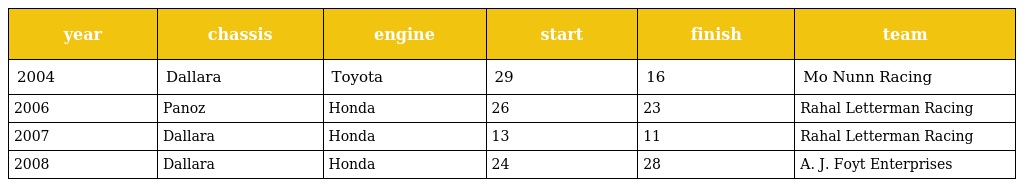
| year | chassis | engine | start | finish | team |
 | --- | --- | --- | --- | --- | --- |
 | 2004 | Dallara | Toyota | 29 | 16 | Mo Nunn Racing |
 | 2006 | Panoz | Honda | 26 | 23 | Rahal Letterman Racing |
 | 2007 | Dallara | Honda | 13 | 11 | Rahal Letterman Racing |
 | 2008 | Dallara | Honda | 24 | 28 | A. J. Foyt Enterprises |